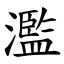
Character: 濫